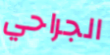
الجراحي